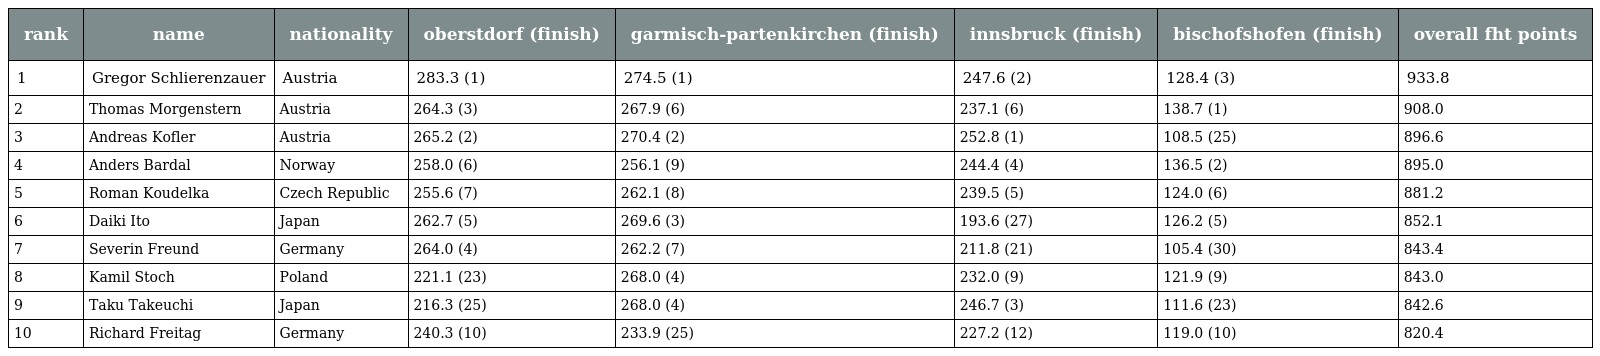
| rank | name | nationality | oberstdorf (finish) | garmisch-partenkirchen (finish) | innsbruck (finish) | bischofshofen (finish) | overall fht points |
 | --- | --- | --- | --- | --- | --- | --- | --- |
 | 1 | Gregor Schlierenzauer | Austria | 283.3 (1) | 274.5 (1) | 247.6 (2) | 128.4 (3) | 933.8 |
 | 2 | Thomas Morgenstern | Austria | 264.3 (3) | 267.9 (6) | 237.1 (6) | 138.7 (1) | 908.0 |
 | 3 | Andreas Kofler | Austria | 265.2 (2) | 270.4 (2) | 252.8 (1) | 108.5 (25) | 896.6 |
 | 4 | Anders Bardal | Norway | 258.0 (6) | 256.1 (9) | 244.4 (4) | 136.5 (2) | 895.0 |
 | 5 | Roman Koudelka | Czech Republic | 255.6 (7) | 262.1 (8) | 239.5 (5) | 124.0 (6) | 881.2 |
 | 6 | Daiki Ito | Japan | 262.7 (5) | 269.6 (3) | 193.6 (27) | 126.2 (5) | 852.1 |
 | 7 | Severin Freund | Germany | 264.0 (4) | 262.2 (7) | 211.8 (21) | 105.4 (30) | 843.4 |
 | 8 | Kamil Stoch | Poland | 221.1 (23) | 268.0 (4) | 232.0 (9) | 121.9 (9) | 843.0 |
 | 9 | Taku Takeuchi | Japan | 216.3 (25) | 268.0 (4) | 246.7 (3) | 111.6 (23) | 842.6 |
 | 10 | Richard Freitag | Germany | 240.3 (10) | 233.9 (25) | 227.2 (12) | 119.0 (10) | 820.4 |